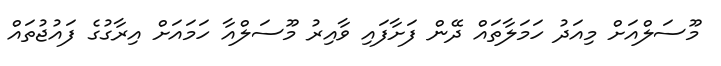
މޫސަލްއަށް މިއަދު ހަމަލާތައް ދޭން ފަށާފައި ވާއިރު މޫސަލްއާ ހަމައަށް އިރާގުގެ ފައުޖުތައް